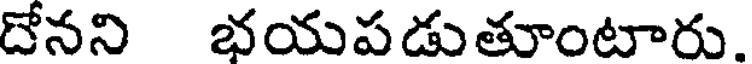
దోనని భయపడుతూంటారు.